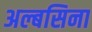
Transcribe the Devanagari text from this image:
अल्बसिना